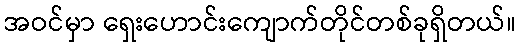
အဝင်မှာ ရှေးဟောင်းကျောက်တိုင်တစ်ခုရှိတယ်။